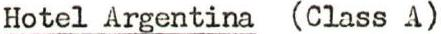
Hotel Argentina (Class A)